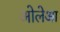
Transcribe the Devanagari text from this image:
ओलेआ